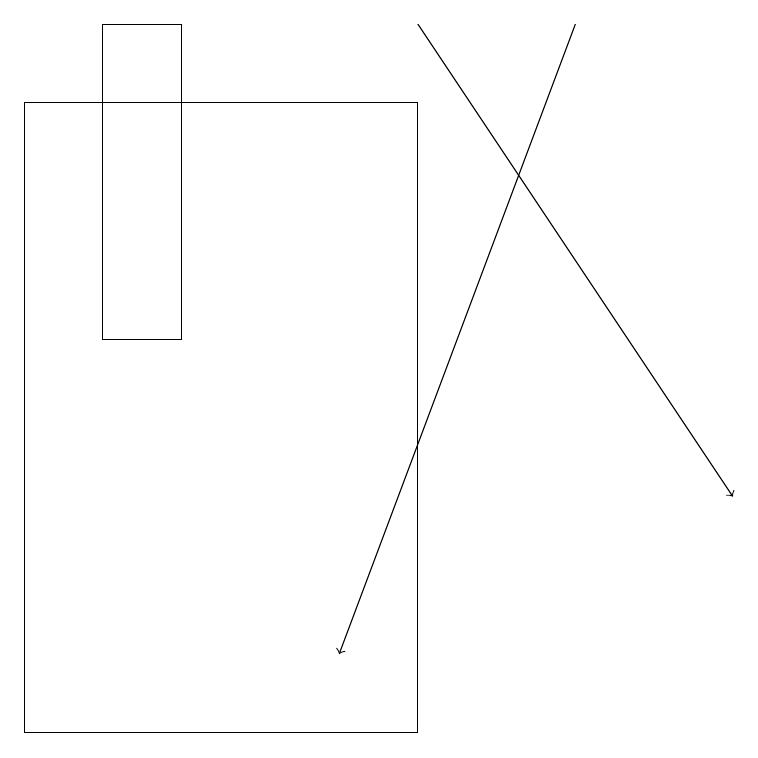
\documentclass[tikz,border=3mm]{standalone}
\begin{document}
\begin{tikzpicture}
\draw (5,18) rectangle (0,10);
\draw[->] (5,19) -- (9,13);
\draw[->] (7,19) -- (4,11);
\draw (2,19) rectangle (1,15);
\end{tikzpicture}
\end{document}